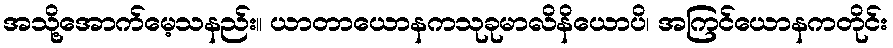
အသို့အောက်မေ့သနည်း။ ယာတာယောနကသုခုမာလိနိယောပိ၊ အကြင်ယောနကတိုင်း